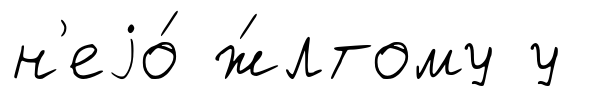
н'еjо́ ж́лтому у